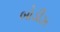
બોડીઝ